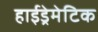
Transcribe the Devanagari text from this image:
हाईड्रेमेटिक